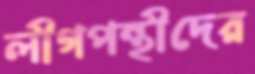
লীগপন্থীদের